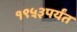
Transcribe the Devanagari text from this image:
१९५३पर्यंत